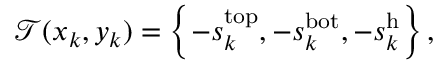
\mathcal { T } ( x _ { k } , y _ { k } ) = \left\{ - s _ { k } ^ { \mathrm { t o p } } , - s _ { k } ^ { \mathrm { b o t } } , - s _ { k } ^ { \mathrm { h } } \right\} ,